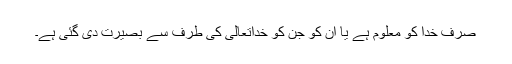
صرف خدا کو معلوم ہے یا ان کو جن کو خداتعالیٰ کی طرف سے بصیرت دی گئی ہے۔